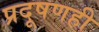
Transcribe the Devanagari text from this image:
प्रदूषणही